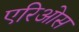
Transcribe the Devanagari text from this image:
एरिओस